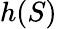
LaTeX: h(S)